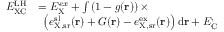
\begin{array} { r l } { E _ { \mathrm { X C } } ^ { \mathrm { L H } } } & { = E _ { \mathrm { X } } ^ { e x } + \int \left( 1 - g ( \mathbf { r } ) \right) \times } \\ { \phantom { \sum } } & { \: \: \left( e _ { \mathrm { X , s r } } ^ { \mathrm { s l } } ( \mathbf { r } ) + G ( \mathbf { r } ) - e _ { \mathrm { X , s r } } ^ { \mathrm { e x } } ( \mathbf { r } ) \right) \mathrm { d } \mathbf { r } + E _ { \mathrm { C } } ^ , } \end{array}